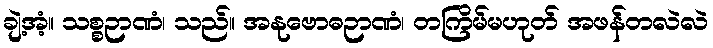
ချဲ့အံ့။ သစ္စဉာဏံ၊ သည်။ အနုဗောဓဉာဏံ၊ တကြိမ်မဟုတ် အဖန်တလဲလဲ